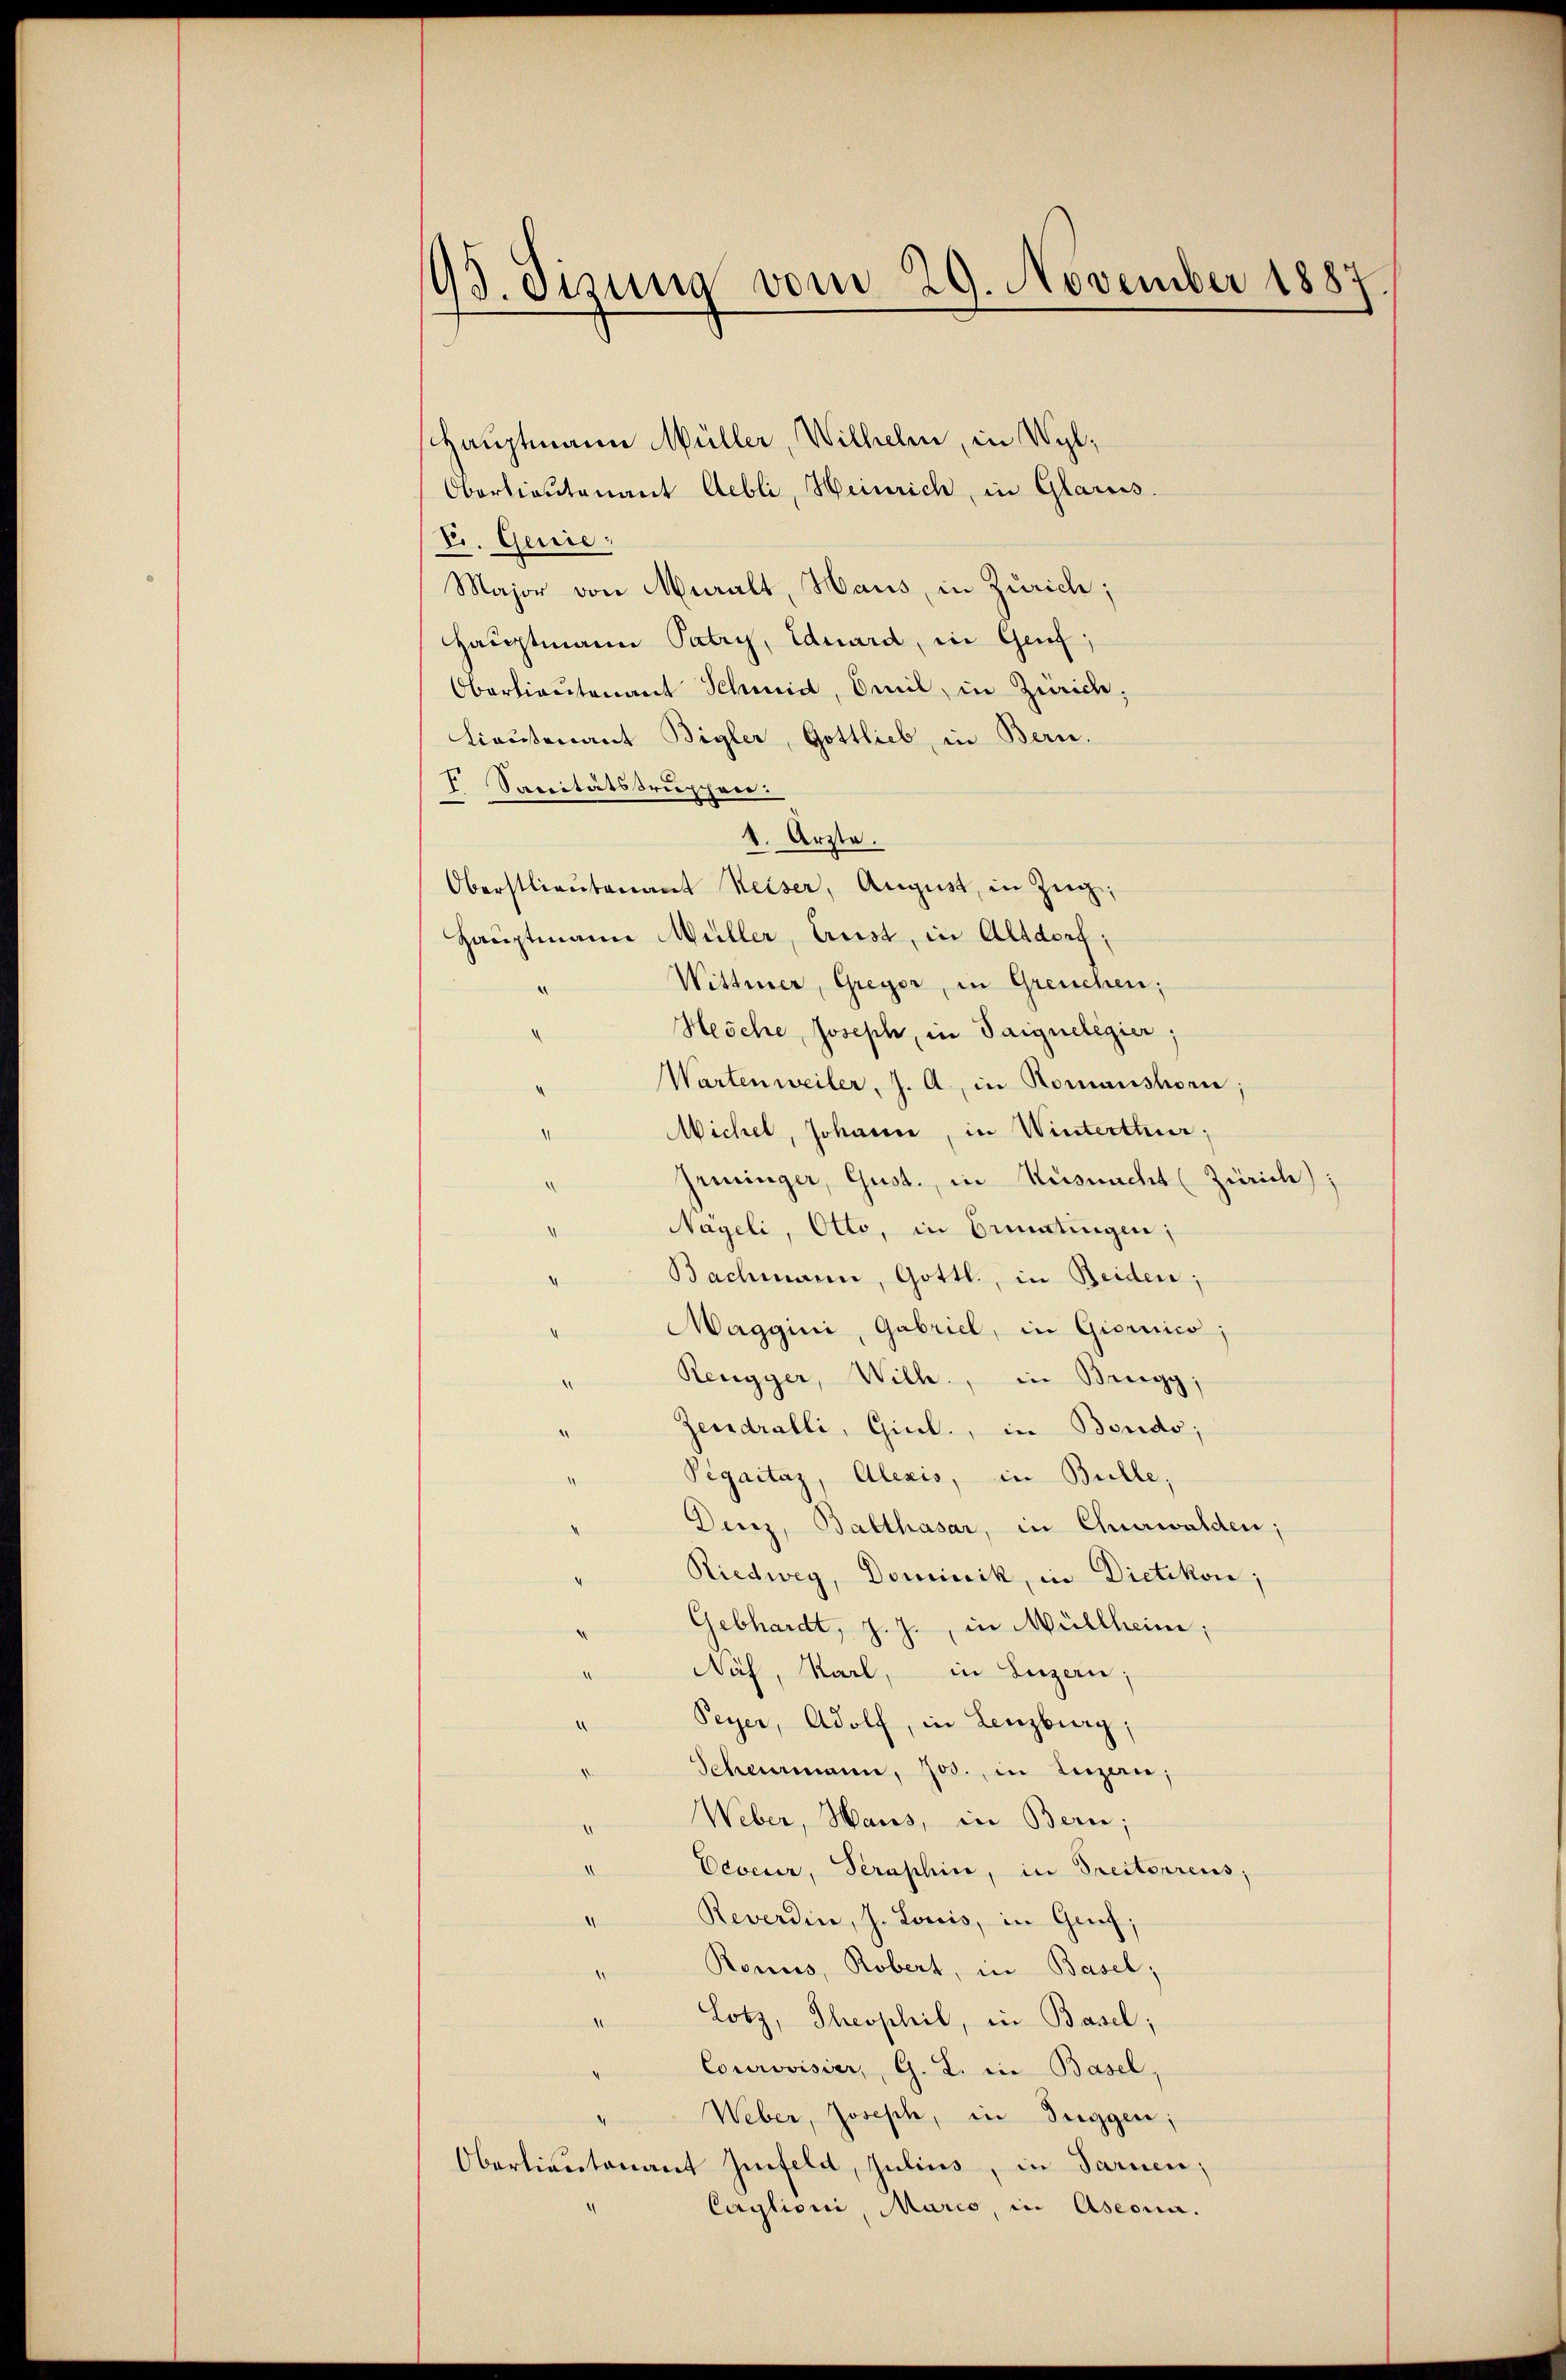
93. Sizung vom 29. November 1887

shauptmann Müller, Wilhelm, in Wyl,
Oberlieutenant Aebli, Heinrich, in Glarus.
V. Genie:
Major von Muralt, Haus, in Zürich;
Hauptmann Patry, Eduard, in Genf
Oberlieutenant Schmid, Omil, in Zürich;
Lieutenant Bigler, Gottlieb, in Bern.
V Saecitätstruppen:
1. Ärzte.
Oberstlieutenant Weiser, August, in Zug,
Hauptmann Müller, Ernst, in Altdorf;
Wittwer, Greyer, in Greuchen;
“
Hesche, Joseph, in Saigueligier;
Wartenweiler, J. A., in Romanshorn
Michel, Johann, in Winterthur;
1
Grüninger, Gust., in Küsnacht (Zürich);
Nägeli, Otto, in Ermatingen;
Bachmann, Gottl., in Beiden;
Maggini, Gabriel, in Giernico,
Rengger, Wilh., in Brugg,
Zendralli, Giul., in Bondo;
Pegaitaz, Alexis, in Bulle,
Denz, Balthasar, in Churwalden;
Riedwey, Dominik, in Dietikon;
Gebhardt, J. J., in Müllheim;
Näf, Karl, in Luzern;
Peyer, Adolf, in Lenzburg,
Schemann, Jos., in Luzern,
Weber, Haus, in Bern;
d
Veveur, Seraphie, in Prectorens,
Reverdin, J. Louis, in Gruf;
d
Ronus, Robert, in Basel,
Lobz, Theophil, in Basel;
I
Courovisier, G. L. in Basel.
4
Weber, Joseph, in Tuggen;
Oberlieutenant Zinfeld, Julius, in Sarnen;
Caylioni, Mario, in Aseona.